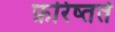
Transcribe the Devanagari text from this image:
फ़रिष्ततें